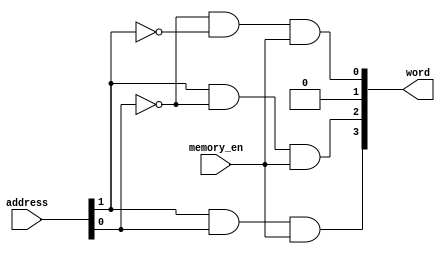
//decoder used to choose the appropriate word using address input
module RAM_decoder(
    input [1:0] address,
    input memory_en,
    output [3:0]word
);

wire net1,nete,net3,net4,net5;
assign net1 = address[0];
assign net2 = address[1];
assign net3 = ~address[0];
assign net4 = ~address[1];

and(word[0],net3,net4,memory_en);//00
and(word[1],net3,net1,memory_en);//01
and(word[2],net2,net3,memory_en);//10
and(word[3],net2,net1,memory_en);//11

endmodule